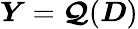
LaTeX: \boldsymbol{Y}=\boldsymbol{\mathcal{Q}}(\boldsymbol{D})